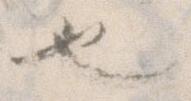
也